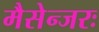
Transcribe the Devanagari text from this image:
मैसेन्जरः